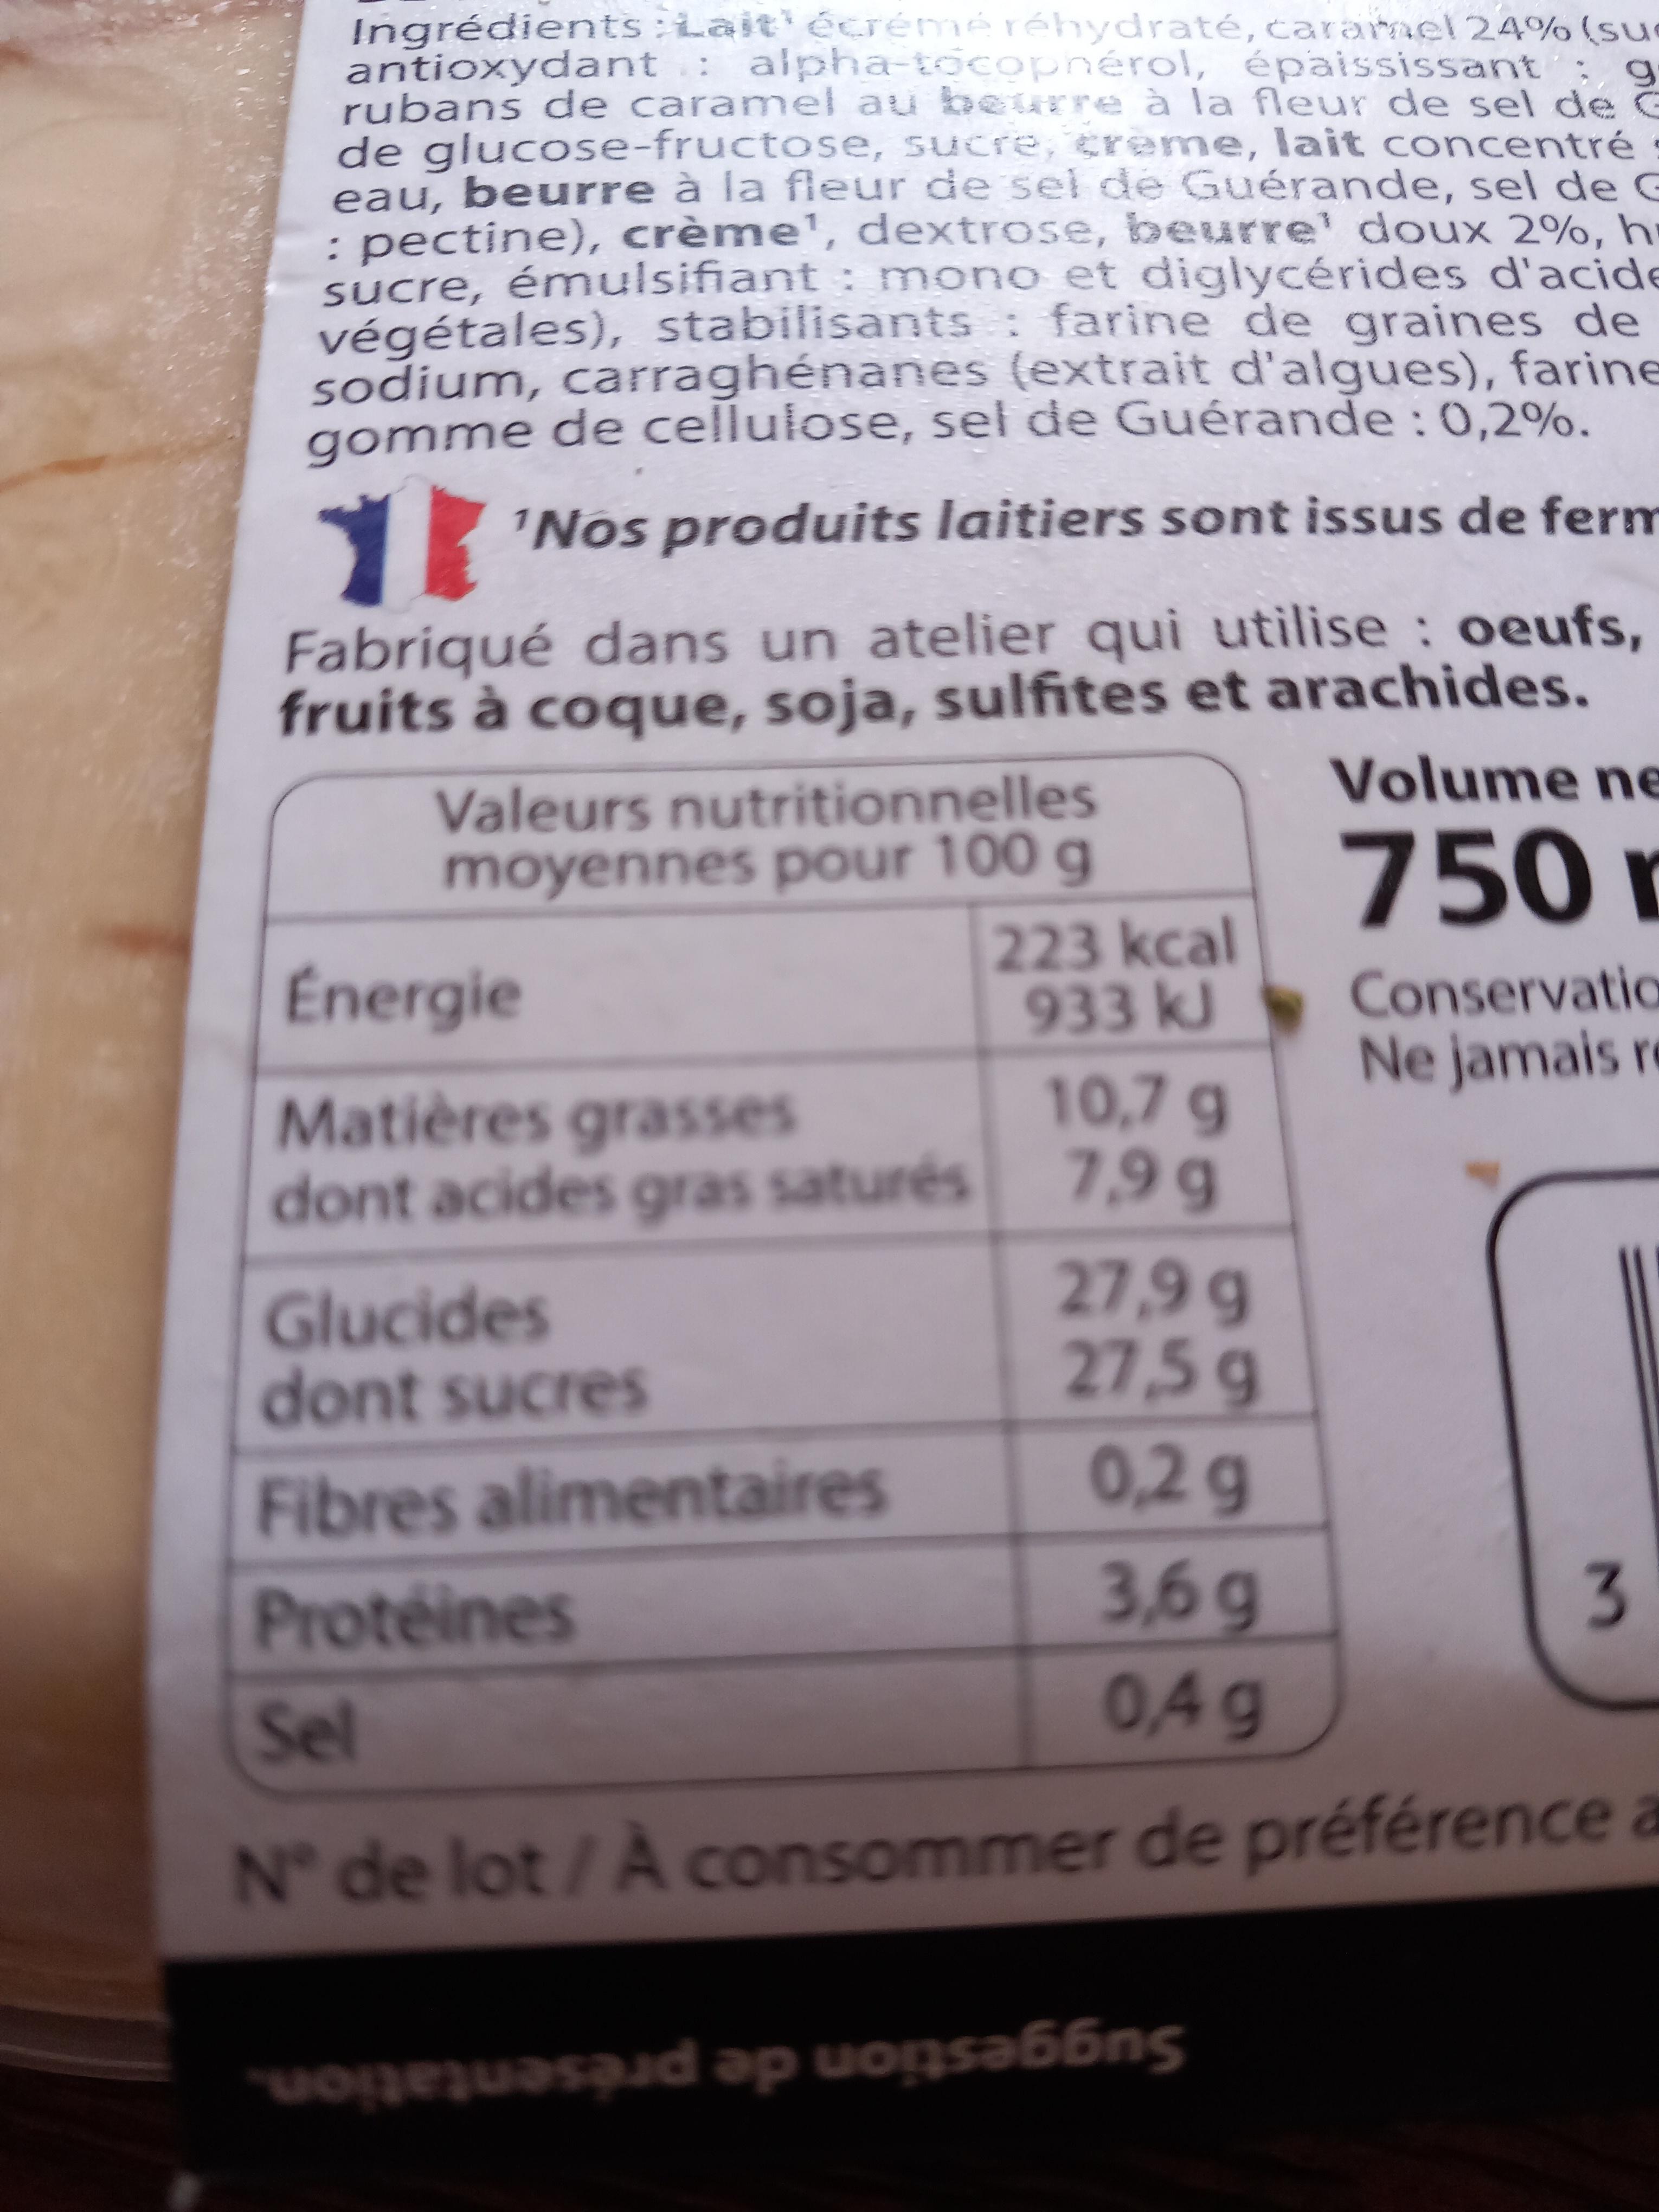
Ingrédients: Lait'écrémé réhydraté, caramel 24% (su antioxydant: alpha-tocophérol, épaississant: g rubans de caramel au beurre à la fleur de sel de de glucose-fructose, sucre, creme, lait concentré eau, beurre à la fleur de sel de Guérande, sel de G : pectine), crème¹, dextrose, beurre doux 2%, h sucre, émulsifiant : mono et diglycérides d'acide végétales), stabilisants: farine de graines de sodium, carraghénanes (extrait d'algues), farine gomme de cellulose, sel de Guérande: 0,2%.
11 'Nos produits laitiers sont issus de ferm
Fabriqué dans un atelier qui utilise: oeufs, fruits à coque, soja, sulfites et arachides.
Volume ne
750m
Conservatio
Ne jamais re
Valeurs nutritionnelles moyennes pour 100 g
Energie
Matières grasses dont acides gras saturés
Glucides
dont sucres
Fibres alimentaires
Protéines
223 kcal 933 kJ
10,7 g
7,9 g
27,99
27,59
0,2 g
3,6g
Sel
0,4 g
N° de lot / À consommer de préférence a
3
horas ap onság